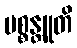
ပစ္စန္တူတိ